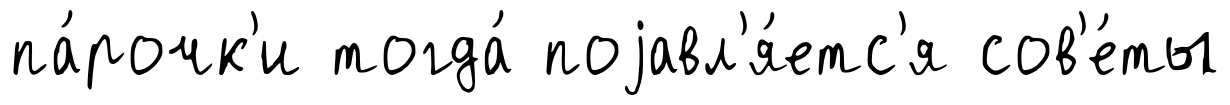
па́рочк'и тогда́ поjавл'я́етс'я сов'е́ты